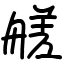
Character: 艖